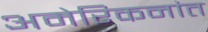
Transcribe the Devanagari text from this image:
अमेरिकनांत